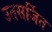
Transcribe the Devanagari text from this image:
उतसर्जित